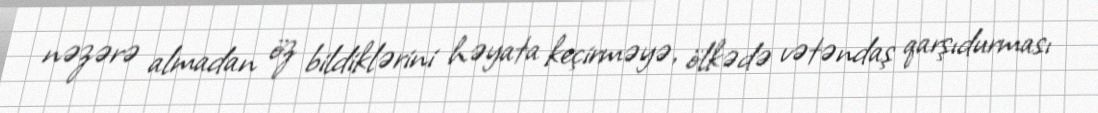
nəzərə almadan öz bildiklərini həyata keçirməyə, ölkədə vətəndaş qarşıdurması